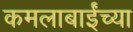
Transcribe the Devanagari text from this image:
कमलाबाईंच्या